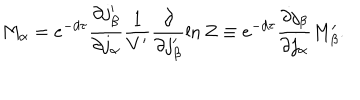
M _ { \alpha } = e ^ { - d \tau } \frac { \partial j _ { \beta } ^ { \prime } } { \partial j _ { \alpha } } \frac { 1 } { V ^ { \prime } } \frac { \partial } { \partial j _ { \beta } ^ { \prime } } \ln Z \equiv e ^ { - d \tau } \frac { \partial j _ { \beta } } { \partial j _ { \alpha } } M _ { \beta } ^ { \prime } .